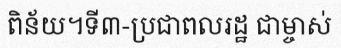
ពិន័យ។ទី៣-ប្រជាពលរដ្ឋ ជាម្ចាស់